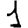
Digit: 1